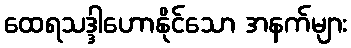
ထေရသဒ္ဒါဟောနိုင်သော အနက်များ